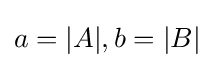
a=|A|,b=|B|